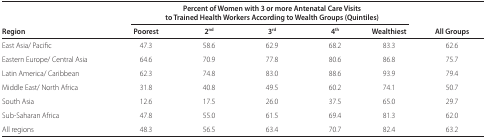
|  | <COLSPAN=5> Percent of Women with 3 or more Antenatal Care Visits to Trained Health Workers According to Wealth Groups (Quintiles) |
 | Region | Poorest | 2nd | 3rd | 4th | Wealthiest | All Groups |
 | --- | --- | --- | --- | --- | --- |
 | East Asia/ Pacific | 47.3 | 58.6 | 62.9 | 68.2 | 83.3 | 62.6 |
 | Eastern Europe/ Central Asia | 64.6 | 70.9 | 77.8 | 80.6 | 86.8 | 75.7 |
 | Latin America/ Caribbean | 62.3 | 74.8 | 83.0 | 88.6 | 93.9 | 79.4 |
 | Middle East/ North Africa | 31.8 | 40.8 | 49.5 | 60.2 | 74.1 | 50.7 |
 | South Asia | 12.6 | 17.5 | 26.0 | 37.5 | 65.0 | 29.7 |
 | Sub-Saharan Africa | 47.8 | 55.0 | 61.5 | 69.4 | 81.3 | 62.0 |
 | All regions | 48.3 | 56.5 | 63.4 | 70.7 | 82.4 | 63.2 |